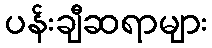
ပန်းချီဆရာများ